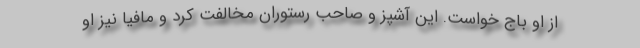
از او باج خواست. این آشپز و صاحب رستوران مخالفت کرد و مافیا نیز او